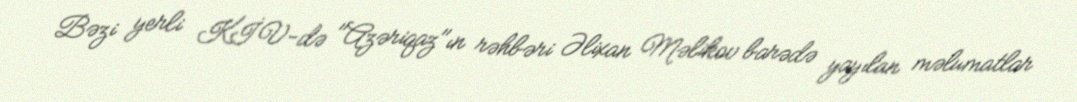
Bəzi yerli KİV-də "Azəriqaz"ın rəhbəri Əlixan Məlikov barədə yayılan məlumatlar